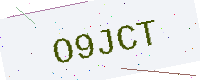
Text: O9JCT